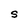
Character: S